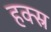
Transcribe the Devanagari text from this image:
हक्स्र